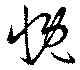
慨